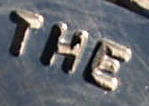
THE